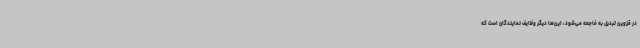
در قزوین تبدیل به فاجعه می‌شود، این‌ها دیگر وظایف نمایندگان است که